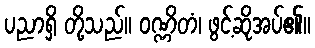
ပညာရှိ တို့သည်။ ဝဏ္ဏိတံ၊ ဖွင့်ဆိုအပ်၏။